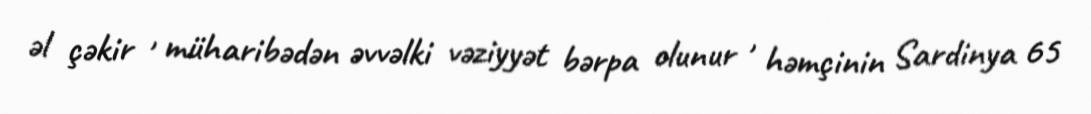
əl çəkir , müharibədən əvvəlki vəziyyət bərpa olunur , həmçinin Sardinya 65